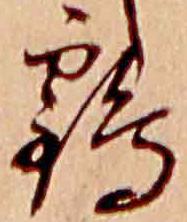
鶴